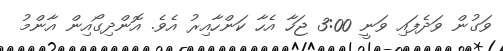
ވަގުން ވަދެފައި ވަނީ 3:00 ޖަހާ އެހާ ކަންހާއިރު އެވެ. އޮންދިގޯއިން އާންމު